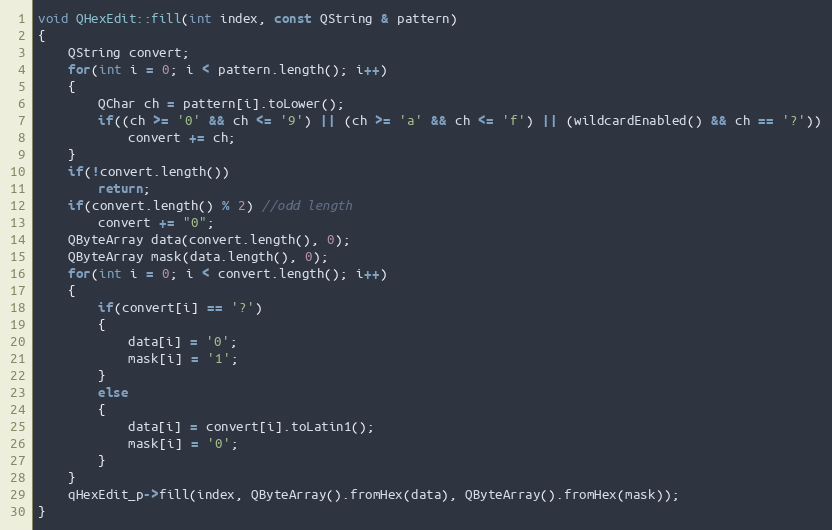
Language: C++
void QHexEdit::fill(int index, const QString & pattern)
{
    QString convert;
    for(int i = 0; i < pattern.length(); i++)
    {
        QChar ch = pattern[i].toLower();
        if((ch >= '0' && ch <= '9') || (ch >= 'a' && ch <= 'f') || (wildcardEnabled() && ch == '?'))
            convert += ch;
    }
    if(!convert.length())
        return;
    if(convert.length() % 2) //odd length
        convert += "0";
    QByteArray data(convert.length(), 0);
    QByteArray mask(data.length(), 0);
    for(int i = 0; i < convert.length(); i++)
    {
        if(convert[i] == '?')
        {
            data[i] = '0';
            mask[i] = '1';
        }
        else
        {
            data[i] = convert[i].toLatin1();
            mask[i] = '0';
        }
    }
    qHexEdit_p->fill(index, QByteArray().fromHex(data), QByteArray().fromHex(mask));
}